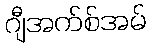
ဂျီအက်စ်အမ်